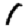
Digit: 1